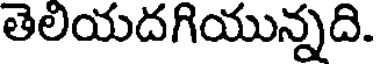
తెలియదగియున్నది.